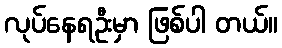
လုပ်နေရဦးမှာ ဖြစ်ပါ တယ်။